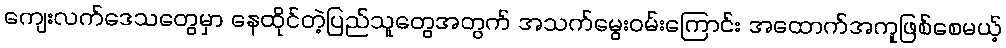
ကျေးလက်ဒေသတွေမှာ နေထိုင်တဲ့ပြည်သူတွေအတွက် အသက်မွေးဝမ်းကြောင်း အထောက်အကူဖြစ်စေမယ့်